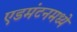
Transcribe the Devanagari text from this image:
एडमंटनमध्ये